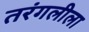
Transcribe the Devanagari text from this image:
तरंगलीला